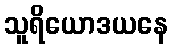
သူရိယောဒယနေ